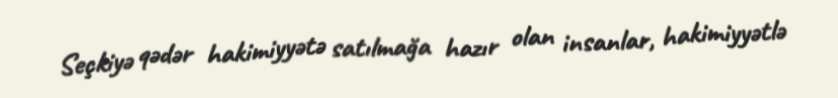
Seçkiyə qədər hakimiyyətə satılmağa hazır olan insanlar, hakimiyyətlə